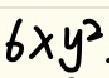
$6xy^{2}$